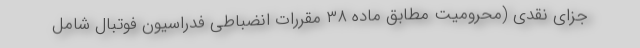
جزای نقدی (محرومیت مطابق ماده ۳۸ مقررات انضباطی فدراسیون فوتبال شامل